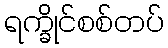
ရက္ခိုင်စစ်တပ်